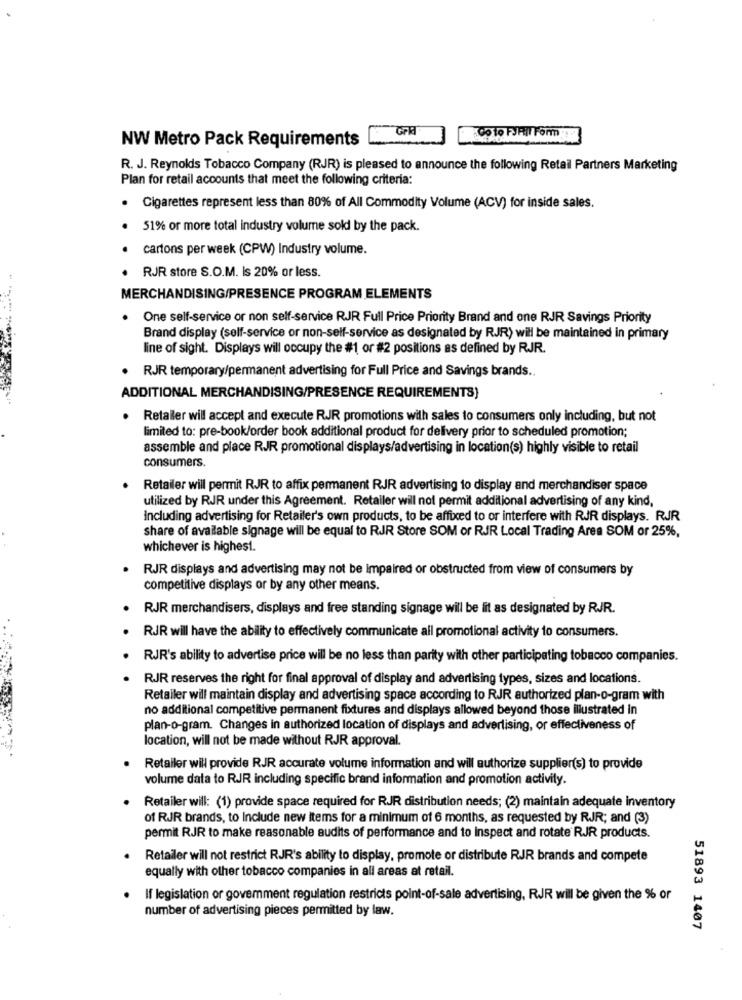
Co To FJHil Form
NW Metro Pack Requirements
R. J. Reynolds Tobacco Company (RJR) is pleased to announce the following Retail Partners Marketing
Plan for retail accounts that meet the following criteria:
· Cigarettes represent less than 80% of All Commodity Volume (ACV) for inside sales.
51% or more total industry volume sold by the pack.
cartons per week (CPW) Industry volume.
· RJR store S.O.M. Is 20% or less.
MERCHANDISING/PRESENCE PROGRAM ELEMENTS
.
One self-service or non self-service RJR Full Price Priority Brand and one RJR Savings Priority
Brand display (self-service or non-self-service as designated by RJR) will be maintained in primary
line of sight. Displays will occupy the #1 or #2 positions as defined by RJR.
· RJR temporary/permanent advertising for Full Price and Savings brands ..
ADDITIONAL MERCHANDISING/PRESENCE REQUIREMENTS)
. Retaller will accept and execute RJR promotions with sales to consumers only including, but not
limited to: pre-book/order book additional product for delivery prior to scheduled promotion;
assemble and place RJR promotional displays/advertising in location(s) highly visible to retail
consumers.
Retailer will permit RJR to affix permanent RJR advertising to display and merchandiser space
utilized by RJR under this Agreement. Retailer will not permit additional advertising of any kind,
Including advertising for Retailer's own products, to be affixed to or interfere with RJR displays. RJR
share of available signage will be equal to RJR Store SOM or RJR Local Trading Area SOM or 25%,
whichever is highest.
RJR displays and advertising may not be Impaired or obstructed from view of consumers by
competitive displays or by any other means.
· RJR merchandisers, displays and free standing signage will be lit as designated by RJR.
RJR will have the ability to effectively communicate all promotional activity to consumers.
RJR's ability to advertise price will be no less than parity with other participating tobacco companies.
RJR reserves the right for final approval of display and advertising types, sizes and locations.
Retailer will maintain display and advertising space according to RJR authorized plan-o-gram with
no additional competitive permanent fixtures and displays allowed beyond those illustrated in
plan-o-gram. Changes in authorized location of displays and advertising, or effectiveness of
location, will not be made without RJR approval.
Retailer will provide RJR accurate volume information and will authorize supplier(s) to provide
volume data to RJR including specific brand information and promotion activity.
Retailer will: (1) provide space required for RJR distribution needs; (2) maintain adequate inventory
of RJR brands, to Include new items for a minimum of 6 months, as requested by RJJR; and (3)
permit RJR to make reasonable audits of performance and to Inspect and rotate RJR products.
Retailer will not restrict RJR's ability to display, promote or distribute RJR brands and compete
equally with other tobacco companies in all areas at retail.
If legislation or goverment regulation restricts point-of-sale advertising, RJR will be given the % or
number of advertising pieces permitted by law.
51893 1407